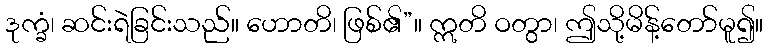
ဒုက္ခံ၊ ဆင်းရဲခြင်းသည်။ ဟောတိ၊ ဖြစ်၏”။ ဣတိ ဝတွာ၊ ဤသို့မိန့်တော်မူ၍။